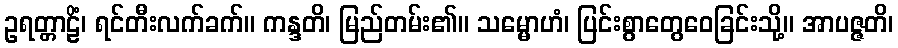
ဥရတ္တာဠိံ၊ ရင်တီးလက်ခက်။ ကန္ဒတိ၊ မြည်တမ်း၏။ သမ္မောဟံ၊ ပြင်းစွာတွေဝေခြင်းသို့။ အာပဇ္ဇတိ၊